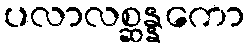
ပလာလစ္ဆန္နကော